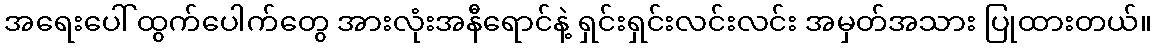
အရေးပေါ် ထွက်ပေါက်တွေ အားလုံးအနီရောင်နဲ့ ရှင်းရှင်းလင်းလင်း အမှတ်အသား ပြုထားတယ်။